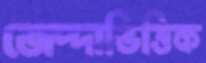
জেদ্দাভিত্তিক